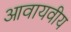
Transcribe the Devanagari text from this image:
आवायवीय